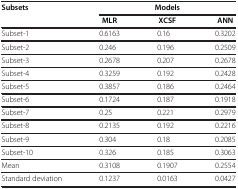
<table><thead><tr><td rowspan="2"><b>Subsets</b></td><td colspan="3"><b>Models</b></td></tr><tr><td><b>MLR</b></td><td><b>XCSF</b></td><td><b>ANN</b></td></tr></thead><tbody><tr><td>Subset-1</td><td>0.6163</td><td>0.16</td><td>0.3202</td></tr><tr><td>Subset-2</td><td>0.246</td><td>0.196</td><td>0.2509</td></tr><tr><td>Subset-3</td><td>0.2678</td><td>0.207</td><td>0.2678</td></tr><tr><td>Subset-4</td><td>0.3259</td><td>0.192</td><td>0.2428</td></tr><tr><td>Subset-5</td><td>0.3857</td><td>0.186</td><td>0.2464</td></tr><tr><td>Subset-6</td><td>0.1724</td><td>0.187</td><td>0.1918</td></tr><tr><td>Subset-7</td><td>0.25</td><td>0.221</td><td>0.2979</td></tr><tr><td>Subset-8</td><td>0.2135</td><td>0.192</td><td>0.2216</td></tr><tr><td>Subset-9</td><td>0.304</td><td>0.18</td><td>0.2085</td></tr><tr><td>Subset-10</td><td>0.326</td><td>0.185</td><td>0.3063</td></tr><tr><td>Mean</td><td>0.3108</td><td>0.1907</td><td>0.2554</td></tr><tr><td>Standard deviation</td><td>0.1237</td><td>0.0163</td><td>0.0427</td></tr></tbody></table>